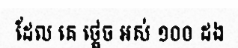
ដែល គេ ថ្ពេច អស់ ១០០ ដង